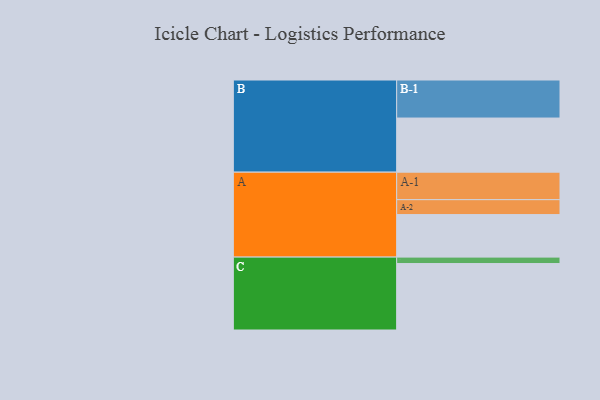
{"axis": {"x": "Segment", "y": "Value"}, "legend": ["", "A", "B", "C"], "data": [{"x": "A", "y": 331, "type": ""}, {"x": "B", "y": 421, "type": ""}, {"x": "C", "y": 517, "type": ""}, {"x": "A-1", "y": 214, "type": "A"}, {"x": "A-2", "y": 116, "type": "A"}, {"x": "B-1", "y": 296, "type": "B"}, {"x": "C-1", "y": 50, "type": "C"}]}